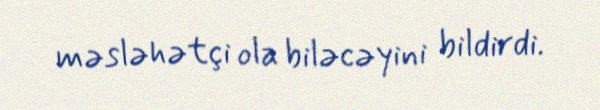
məsləhətçi ola biləcəyini bildirdi.